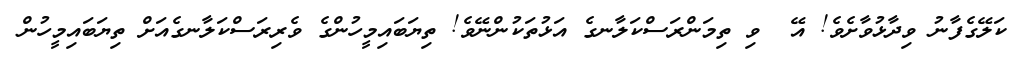
ކަލޭގެފާނު ވިދާޅުވާށެވެ! އޭ  ވި ތިމަންރަސްކަލާނގެ އަޅުތަކުންނޭވެ! ތިޔަބައިމީހުންގެ ވެރިރަސްކަލާނގެއަށް ތިޔަބައިމީހުން